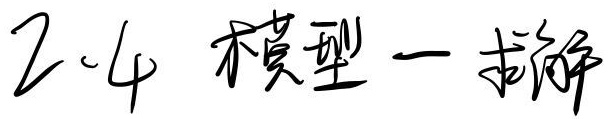
2.4 模型一求解